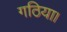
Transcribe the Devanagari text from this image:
गठिया।